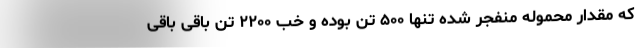
که مقدار محموله منفجر شده تنها ۵۰۰ تن بوده و خب ۲۲۰۰ تن باقی باقی